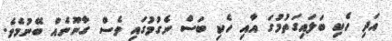
އަދި ހެކި ބަލައިގަތުމުގަ އާއި ހެކި ބަސް ނެގުމުގައި ވެސް ގާނޫނެއް ބޭނުމެވެ.